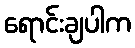
ရောင်းချပါက